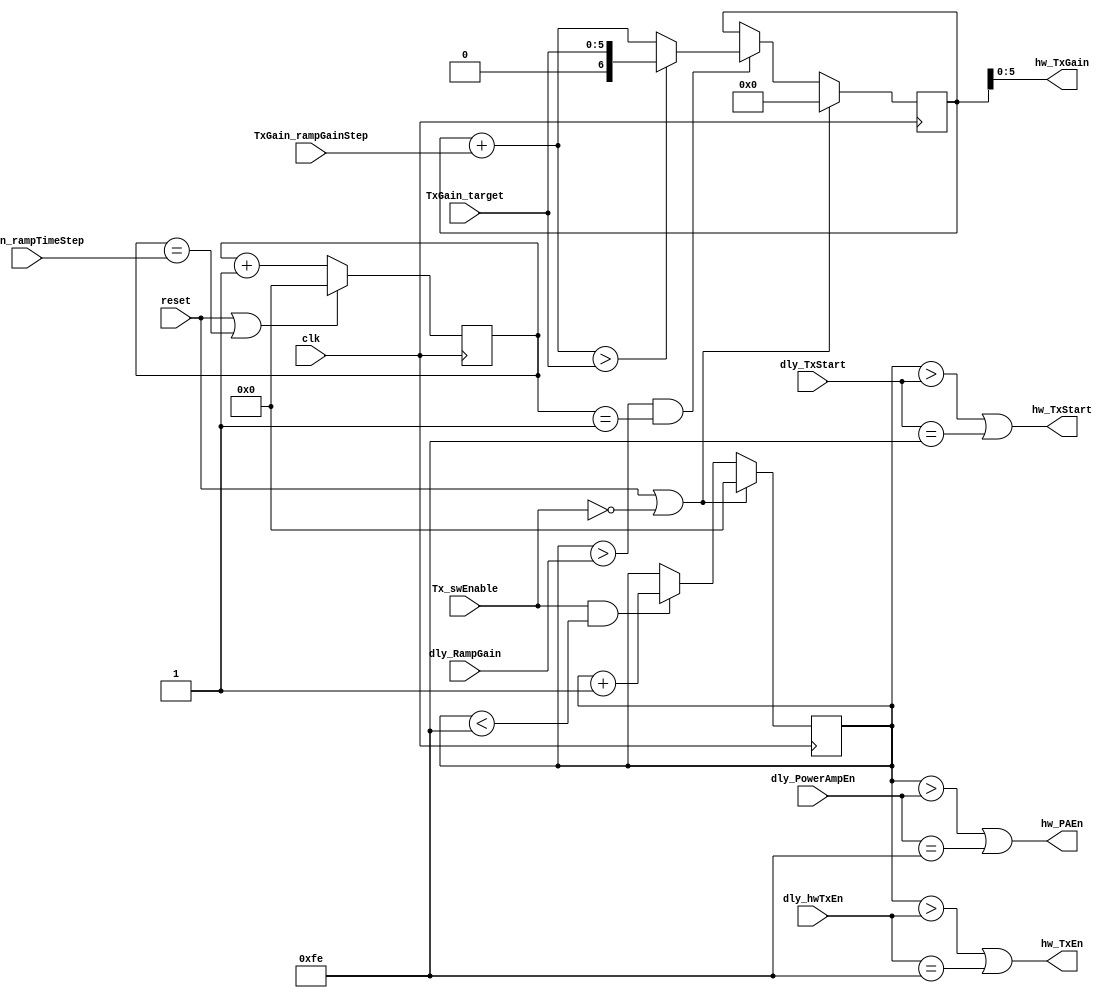
module radio_controller_TxTiming
(
	clk,
	reset,
	
	Tx_swEnable,
	
	TxGain_target,
	TxGain_rampGainStep,
	TxGain_rampTimeStep,
	
	dly_hwTxEn,
	dly_TxStart,
	dly_PowerAmpEn,
	dly_RampGain,
	
	hw_TxEn,
	hw_TxGain,
	hw_PAEn,
	hw_TxStart
);

	input			clk;
	input			reset;
	
	input			Tx_swEnable;
	input	[0:5]	TxGain_target;
	input	[0:3]	TxGain_rampGainStep;
	input	[0:3]	TxGain_rampTimeStep;
	
	input	[0:7]	dly_hwTxEn;
	input	[0:7]	dly_TxStart;
	input	[0:7]	dly_PowerAmpEn;
	input	[0:7]	dly_RampGain;

	output			hw_TxEn;
	output			hw_TxStart;
	output			hw_PAEn;
	output	[0:5]	hw_TxGain;

	reg		[0:7]	GainRamp_clockEn_counter;
	reg		[0:7]	timing_counter;

	wire 	[0:6]	NewTxGain;
	reg  	[0:6]	TxGainBig;
	
	wire AutoGainRampEn;


	//The output gain signal is the output of an accumulator, enabled after dly_RampGain clock cycles
	//This signal is the input to the accumulator register. TxGainBig has one extra MSB to ease overflow detection
	assign NewTxGain = ( (TxGainBig + TxGain_rampGainStep) > TxGain_target) ? TxGain_target : (TxGainBig + TxGain_rampGainStep);

	//The hw_TxGain output, which eventually connects to the radio's parallel gain control bus,
	//	gets the 6 LSB of the internal accumulator value
	assign hw_TxGain = TxGainBig[1:6];

	//Enable the outputs when the timing counter has excedded the various control thresholds given by the dly_* inputs
	//	A delay value of 254 will hold the corresponding output high forever
	//	A delay value of 255 will hold the corresponding output low forever (the counter below never reaches 255)
	assign hw_TxEn = (timing_counter > dly_hwTxEn) || dly_hwTxEn == 8'd254;
	assign hw_PAEn = (timing_counter > dly_PowerAmpEn) || dly_PowerAmpEn == 8'd254;
	assign hw_TxStart = (timing_counter > dly_TxStart) || dly_TxStart == 8'd254;

	//Enable the gain ramp accumulator after the given delay
	//	A delay value of 254 or 255 will disable the gain ramp, regardless of the ramp parameters
	assign AutoGainRampEn = timing_counter > dly_RampGain;

	//Instiantiates a counter which runs once the timing counter exceeds the threshold
	//	for starting the ramping of Tx gains; the counter increments every TxGain_rampTimeStep cycles
	always @( posedge clk )
	begin
		if(reset | ~Tx_swEnable)
			TxGainBig <= 0;
		else if( AutoGainRampEn & (GainRamp_clockEn_counter==1))
			TxGainBig <= NewTxGain;
	end

	//Instantiate a counter that starts when the software enables Tx mode
	// This counter intentionally stops at 253, allowing delay values of 254 and 255 to have other uses
	always @( posedge clk )
	begin
		if(reset | ~Tx_swEnable)
			timing_counter <= 0;
		else if(Tx_swEnable & timing_counter < 254)
			timing_counter <= timing_counter + 1;
	end

	//Instantiate a counter used to drive the clock enable of the gain ramp counter above
	always @( posedge clk )
	begin
		if(reset | GainRamp_clockEn_counter == TxGain_rampTimeStep)
			GainRamp_clockEn_counter <= 0;
		else
			GainRamp_clockEn_counter <= GainRamp_clockEn_counter + 1;
	end
endmodule